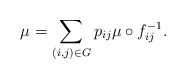
\begin{align*}\mu=\sum_{(i,j)\in G}p_{ij}\mu\circ f_{ij}^{-1}.\end{align*}